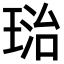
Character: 𤦮